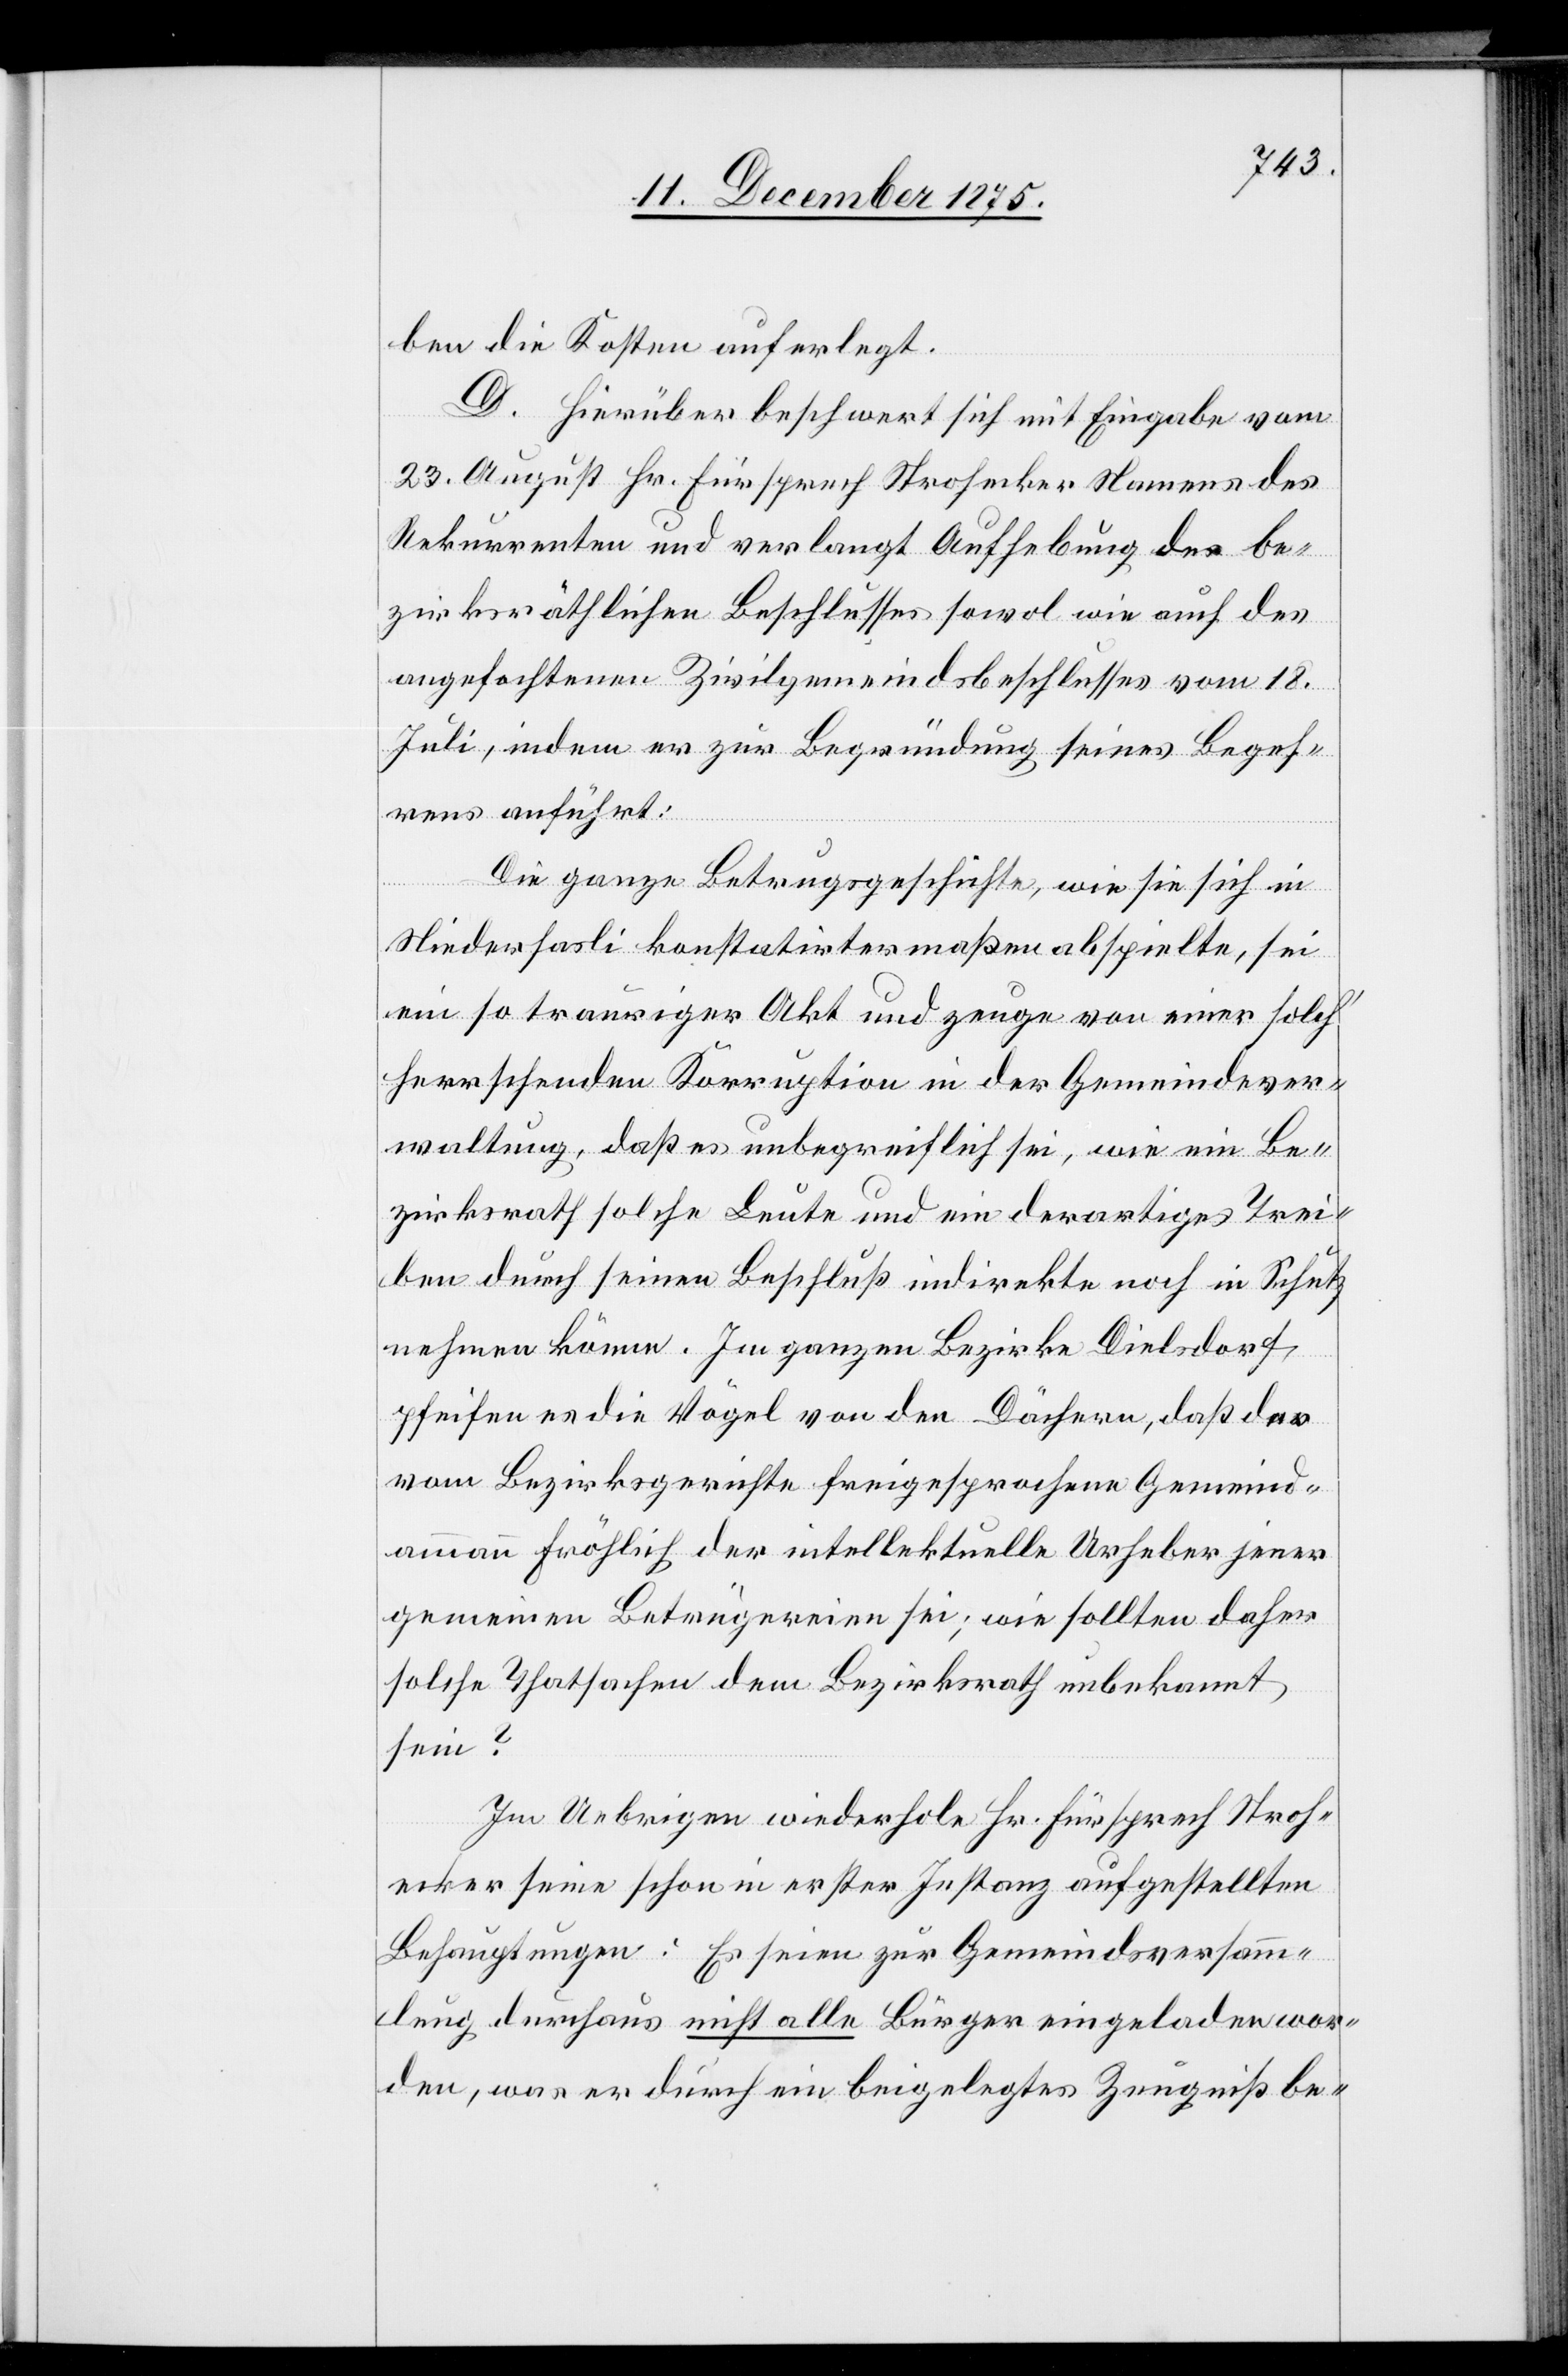
ben die Kosten auferlegt.
D. Hierüber beschwert sich mit Eingabe vom
23. August Hr. Fürsprech Strohecker Namens des
Rekurrenten und verlangt Aufhebung des be¬
zirksräthlichen Beschlusses sowol wie auch des
angefochtenen Zivilgemeindsbeschlusses vom 18.
Juli, indem er zur Begründung seines Begeh¬
rens anführt:
Die ganze Betrugsgeschichte, wie sie sich in
Niederhasli konstatirtermaßen abspielte, sei
ein so trauriger Akt und zeuge von einer solch‘
herrschenden Korruption in der Gemeindever¬
waltung, daß es unbegreiflich sei, wie ein Be¬
zirksrath solche Leute und ein derartiges Trei¬
ben durch seinen Beschluß indirekte noch in Schutz
nehmen könne. Im ganzen Bezirke Dielsdorf,
pfeifen es die Vögel von den Dächern, daß der
vom Bezirksgerichte freigesprochene Gemeind¬
ammann Fröhlich der intellektuelle Urheber jener
gemeinen Betrügereien sei; wie sollten daher
solche Thatsachen dem Bezirksrath unbekannt
sein?
Im Uebrigen wiederhole Hr. Fürsprech Stroh¬
ecker seine schon in erster Instanz aufgestellten
Behauptungen: Es seien zur Gemeindsversamm¬
lung durchaus nicht alle Bürger eingeladen wor¬
den, was er durch ein beigelegtes Zeugniß be-